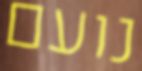
נועם